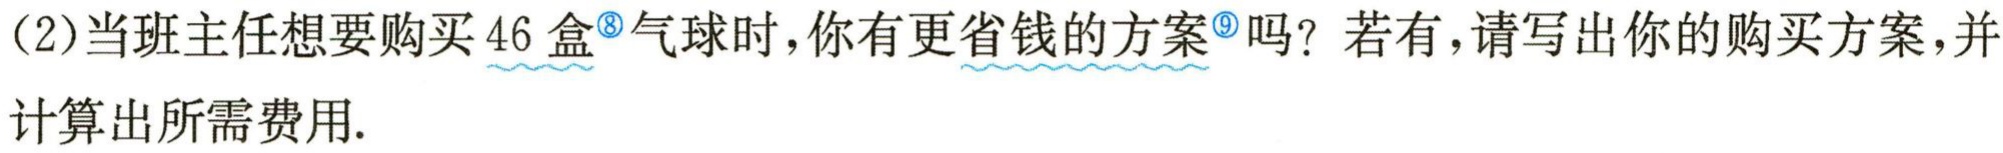
(2)当班主任想要购买46盒 气球时，你有更省钱的方案 吗？若有，请写出你的购买方案，并计算出所需费用.